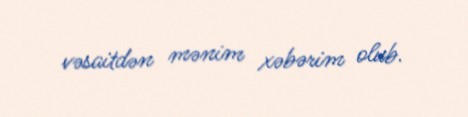
vəsaitdən mənim xəbərim olub.